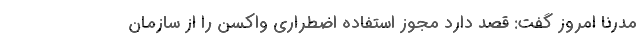
مدرنا امروز گفت: قصد دارد مجوز استفاده اضطراری واکسن را از سازمان